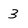
Character: 3